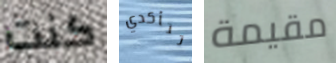
كنت تتأكدي مقيمة